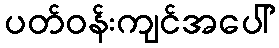
ပတ်ဝန်းကျင်အပေါ်